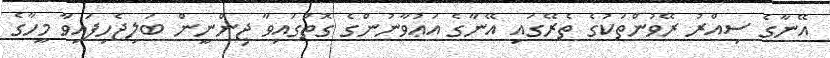
އޭނާގެ ސިއްރު ރޭވުންތަކުގެ ތެރޭގައި އޭނާގެ އަޢުވާނުންގެ ގޮތުގައިވާ ޖިންނީން ބަލިޖެހިފައިވާ މީހާގެ